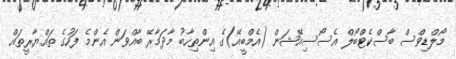
މޯލްޑިވްސް ބާސްކެޓްބޯލް އެސޯސިއޭޝަން (އެމްބީއޭ)ގެ އިންތިހާބު މާދަމާރޭ ބާއްވަން އެންމެ ފަހުގެ ތައްޔާރީތައް